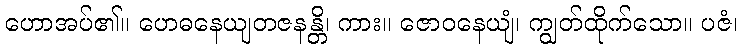
ဟောအပ်၏။ ဟေဓနေယျတဇနန္တိ၊ ကား။ ဇောဝနေယျံ၊ ကျွတ်ထိုက်သော။ ပဇံ၊